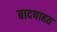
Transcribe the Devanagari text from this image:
बादषाहत